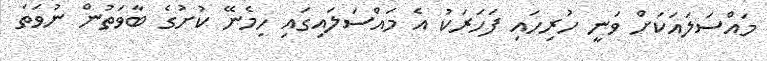
މައްސަލައަކަށް ވަނީ ހުރިހައި ފަހަރަކު އެ މައްސަލައިގައި ހިމެނޭ ކުށުގެ ބާވަތުން ނުވަތަ